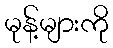
မုန့်များကို